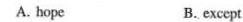
A. hope B. except